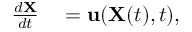
\begin{array} { r l } { \frac { d \mathbf { X } } { d t } } & { { } = \mathbf { u } ( \mathbf { X } ( t ) , t ) , } \end{array}